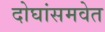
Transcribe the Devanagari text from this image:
दोघांसमवेत